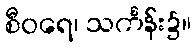
စီဝရေ၊ သင်္ကန်း၌။